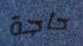
حاجة